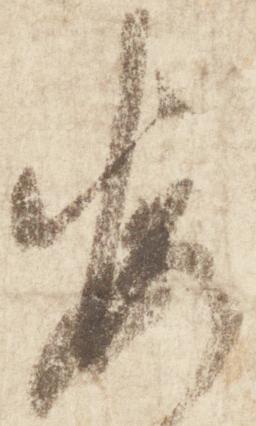
毎